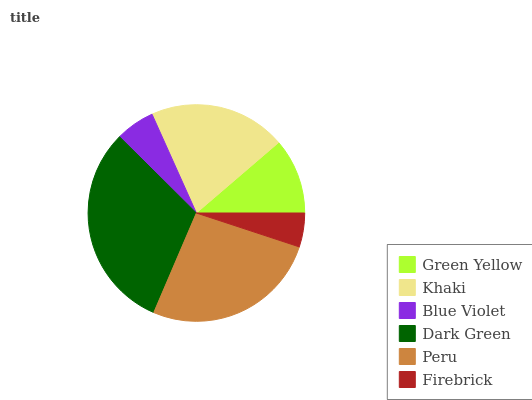
| Green Yellow | Khaki | Blue Violet | Dark Green | Peru | Firebrick |
 | --- | --- | --- | --- | --- | --- |
 | 11.3% | 20.4% | 5.86% | 31% | 26.4% | 5.06% |